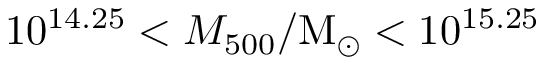
1 0 ^ { 1 4 . 2 5 } < M _ { 5 0 0 } / \mathrm { M } _ { \odot } < 1 0 ^ { 1 5 . 2 5 }